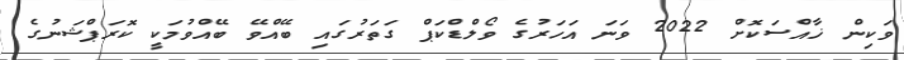
ވަކިން ޚާއްސަކޮށް 2022 ވަނަ އަހަރުގެ ވޯލްޑްކަޕް ގަތަރުގައި ބޭއްވޭ ބޭއްވުމަކީ ކޮރަޕްޝަނުގެ